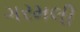
ગરમલી